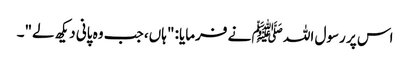
اس پر رسول اللہ ﷺ نے فرمایا: "ہاں، جب وہ پانی دیکھ لے"۔